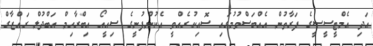
އަދި އެމްޓީސީސީގެ ފަރާތުން އެއްބަސްވުމުގައި ސޮއިކުރެއްވީ އެކުންފުނީގެ ސިއީއޯ އިބްރާހިމް އަބްދުލް ރައްޒާގް